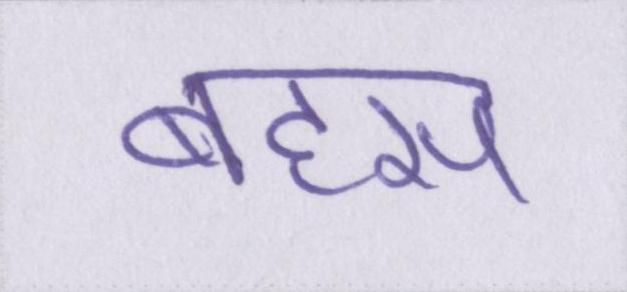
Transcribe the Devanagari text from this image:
बहस